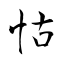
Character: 怙